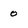
Character: 0